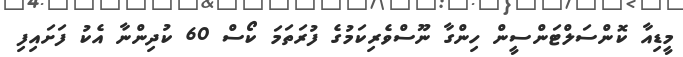
މީޑިއާ ކޮންސަލްޓަންސީން ހިންގާ ނޫސްވެރިކަމުގެ ފުރަތަމަ ކޯސް 60 ކުދިންނާ އެކު ފަށައިފި